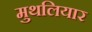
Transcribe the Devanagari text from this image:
मुथलियार